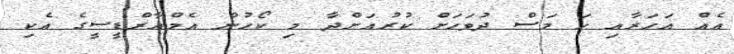
އެއް އަހަރާއި ހަ މަސް ދުވަހަށް ކުރުއަށްދާ މި ކޯހުން އެމްއާރްޑީސީގެ އެކި